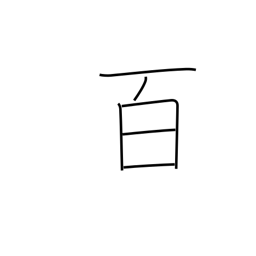
Meaning: hundred